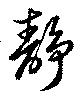
靜